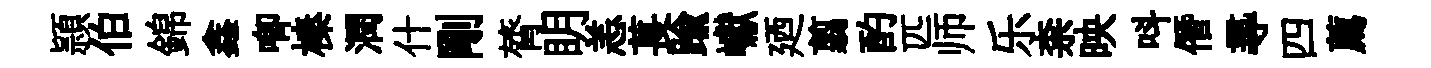
頴伯錦鑫唧榛潤什剛膂眀恙萇踰巘廼翦酌匹师乐柰映呌僭𡬶四薦